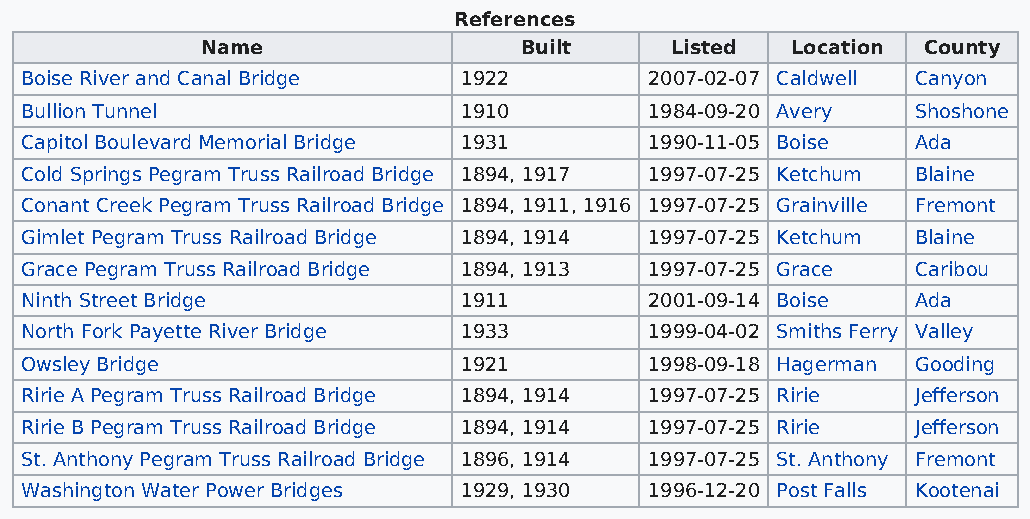
References
 Name                 Built     Listed  Location County
 Boise River and Canal Bridge 1922         2007-02-07 Caldwell Canyon
 Bullion Tunnel               1910         1984-09-20 Avery  Shoshone
 Capitol Boulevard Memorial Bridge 1931    1990-11-05 Boise  Ada
 Cold Springs Pegram Truss Railroad Bridge 1894, 1917 1997-07-25 Ketchum Blaine
 Conant Creek Pegram Truss Railroad Bridge 1894, 1911, 1916 1997-07-25 Grainville Fremont
 Gimlet Pegram Truss Railroad Bridge 1894, 1914 1997-07-25 Ketchum Blaine
 Grace Pegram Truss Railroad Bridge 1894, 1913 1997-07-25 Grace Caribou
 Ninth Street Bridge          1911         2001-09-14 Boise  Ada
 North Fork Payette River Bridge 1933      1999-04-02 Smiths Ferry Valley
 Owsley Bridge                1921         1998-09-18 Hagerman Gooding
 Ririe A Pegram Truss Railroad Bridge 1894, 1914 1997-07-25 Ririe Jefferson
 Ririe B Pegram Truss Railroad Bridge 1894, 1914 1997-07-25 Ririe Jefferson
 St. Anthony Pegram Truss Railroad Bridge 1896, 1914 1997-07-25 St. Anthony Fremont
 Washington Water Power Bridges 1929, 1930 1996-12-20 Post Falls Kootenai